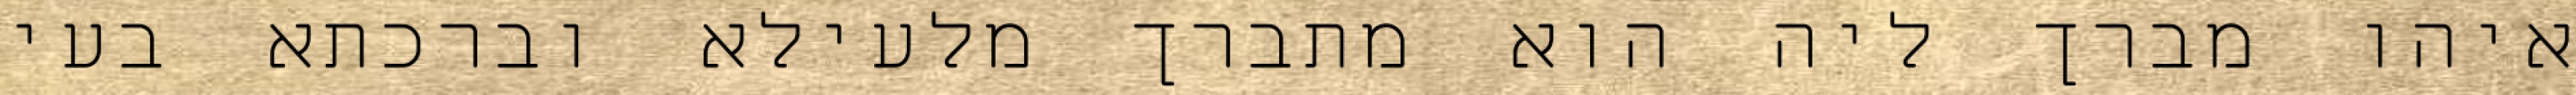
איהו מברך ליה הוא מתברך מלעילא וברכתא בעי